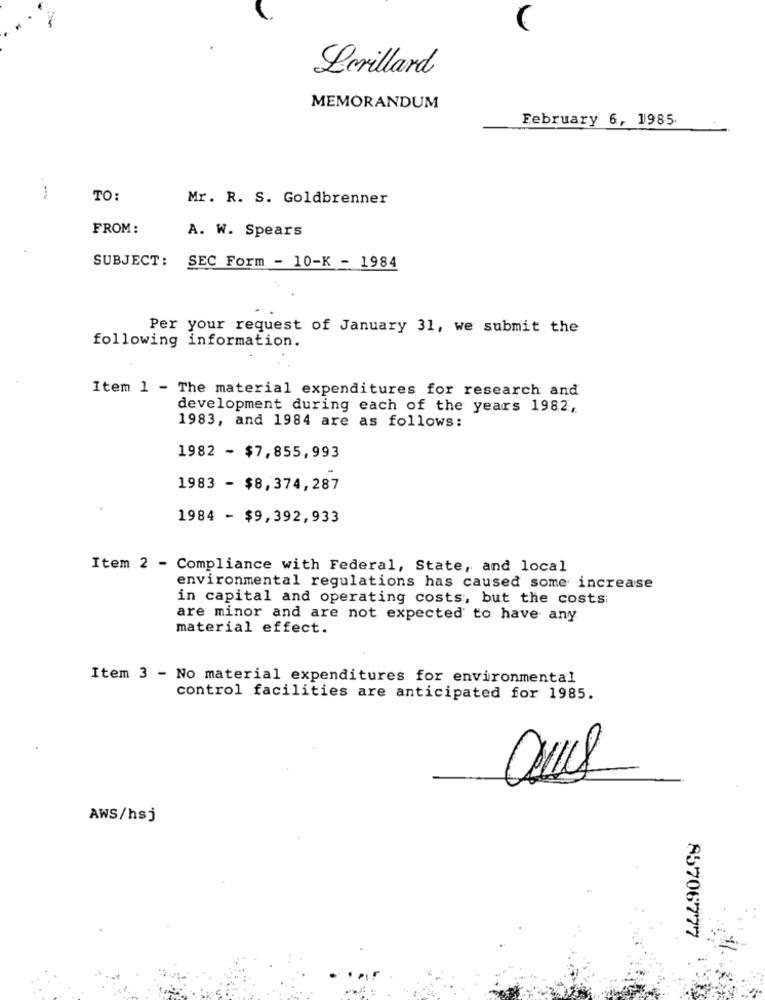
Lerillard
MEMORANDUM
February 6, 1985.
TO:
Mr. R. S. Goldbrenner
FROM :
A. W. Spears
SUBJECT: SEC Form - 10-K - 1984
Per your request of January 31, we submit the
following information.
Item 1 - The material expenditures for research and
development during each of the years 1982,
1983, and 1984 are as follows:
1982 - $7,855,993
1983 - $8,374,287
1984 - $9,392,933
Item 2 - Compliance with Federal, State, and local
environmental regulations has caused some increase
in capital and operating costs, but the costs:
are minor and are not expected to have any
material effect.
Item 3 - No material expenditures for environmental
control facilities are anticipated for 1985.
AWS/hsj
85706777